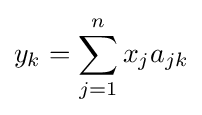
y_{k}=\sum _{j=1}^{n}x_{j}a_{jk}